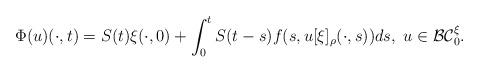
LaTeX: \begin{align*}\Phi(u)(\cdot, t) = S(t)\xi(\cdot,0) + \int_0^t S(t-s)f(s,u[\xi]_\rho(\cdot,s))ds,\; u\in \mathcal{BC}_0^\xi.\end{align*}